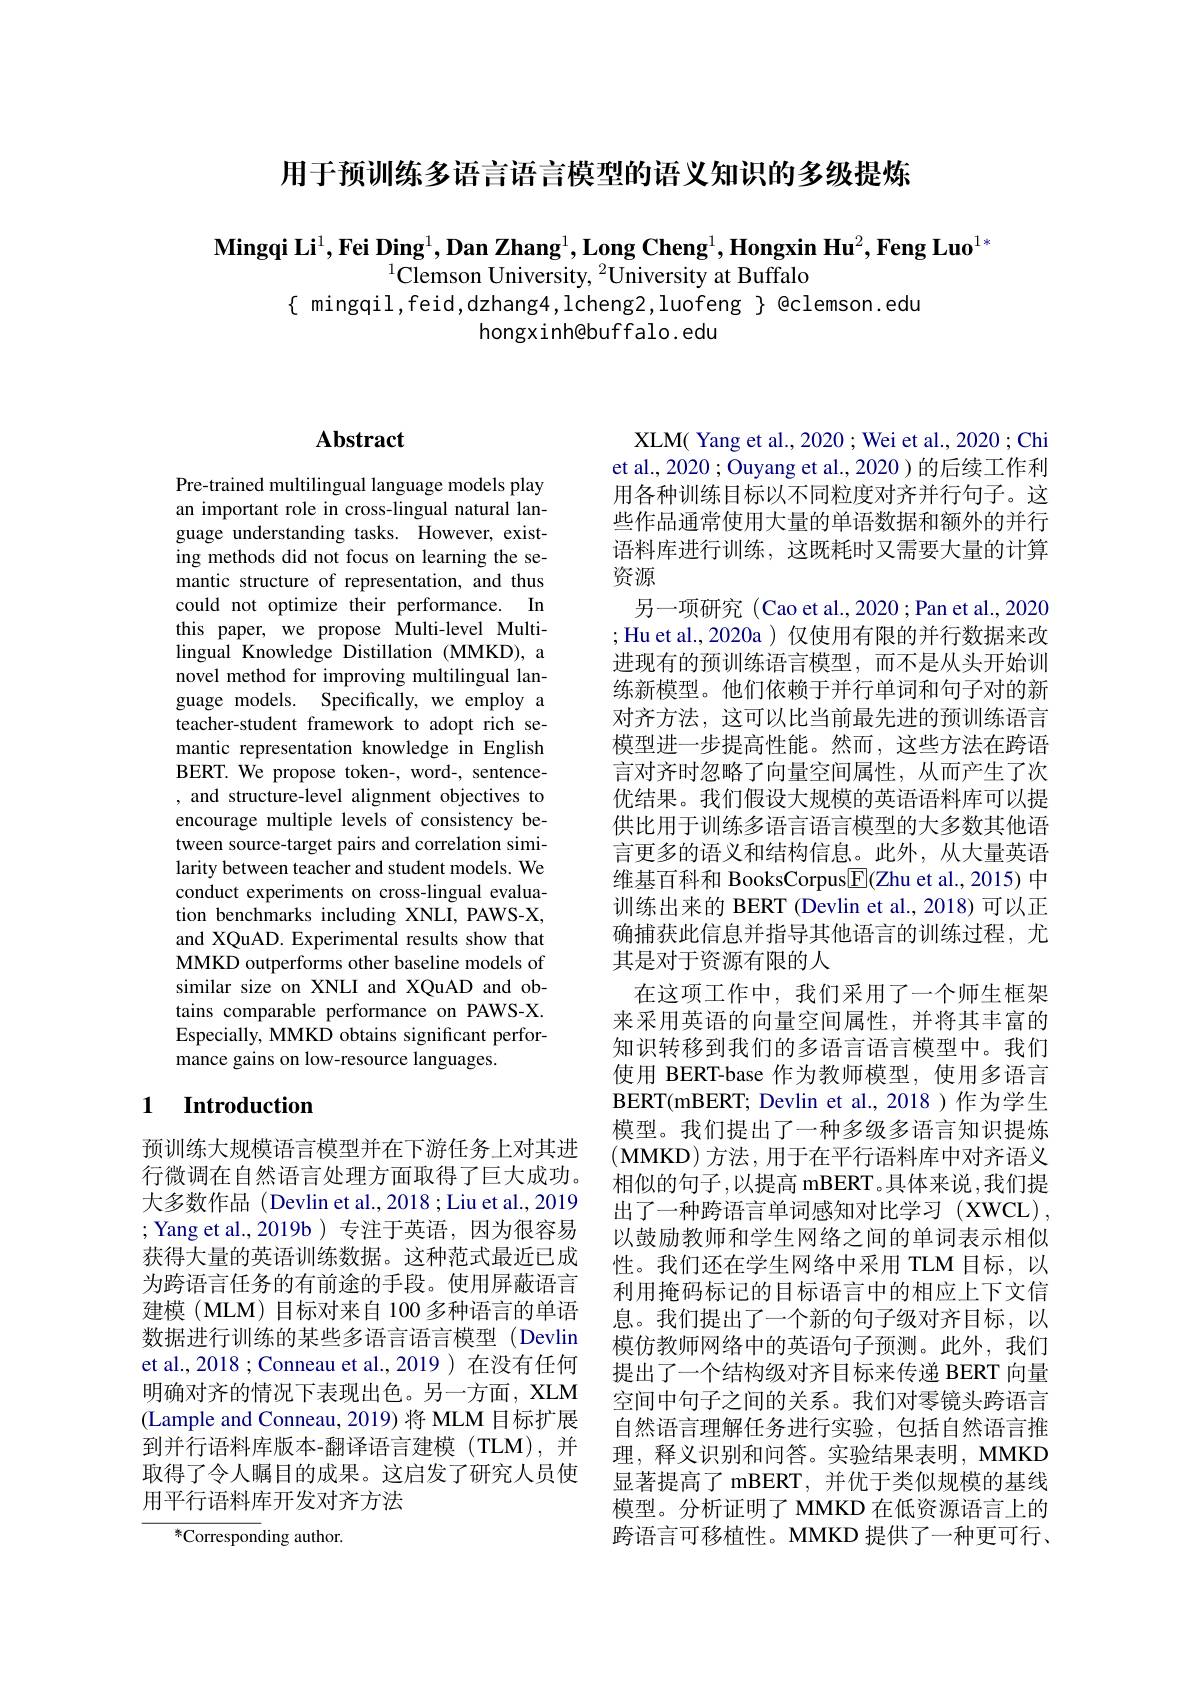
用于预训练多语言语言模型的语义知识的多级提炼

$\textbf{Mingqi Li}^1,\textbf{Fei Ding}^1,\textbf{Dan Zhang}^1,\textbf{Long Cheng}^1,\textbf{Hongxin Hu}^2,\textbf{Feng Luo}^{1*}$
$^{1}\bar{\text{Clemson University, }^{2}\text{University at Buffalo}}$
$\{$ mingqil,feid,dzhang4,lcheng2,luofeng $\}$ @clemson.edu
hongxinhebuffalo. edu

# Abstract

Pre-trained multilingual language models play an important role in cross-lingual natural language understanding tasks. However, existing methods did not focus on learning the semantic structure of representation, and thus could not optimize their performance. In this paper, we propose Multi-level Multilingual Knowledge Distillation (MMKD), a novel method for improving multilingual language models. Specifically, we employ a teacher-student framework to adopt rich semantic representation knowledge in English BERT. We propose token-, word-, sentence- , and structure-level alignment objectives to encourage multiple levels of consistency between source-target pairs and correlation similarity between teacher and student models. We conduct experiments on cross-lingual evaluation benchmarks including XNLI, PAWS-X, and XQuAD. Experimental results show that MMKD outperforms other baseline models of similar size on XNLI and XQuAD and obtains comparable performance on PAWS-X. Especially, MMKD obtains significant performance gains on low-resource languages.

## 1 Introduction

预训练大规模语言模型并在下游任务上对其进行微调在自然语言处理方面取得了巨大成功。大多数作品 (Devlin et al., 2018 ; Liu et al., 2019 ; Yang et al.,2019b )专注于英语，因为很容易获得大量的英语训练数据。这种范式最近已成为跨语言任务的有前途的手段。使用屏蔽语言建模(MLM)目标对来自 100 多种语言的单语数据进行训练的某些多语言语言模型(Devlin et al., 2018 ; Conneau et al., 2019 ) 在没有任何明确对齐的情况下表现出色。另一方面，XLM (Lample and Conneau, 2019) 将 MLM 目标扩展到并行语料库版本-翻译语言建模(TLM),并取得了令人瞩目的成果。这启发了研究人员使用平行语料库开发对齐方法

${}^{*}{\mathrm{Corresponding~author.}}$

XLM( Yang et al., 2020 ; Wei et al., 2020 ; Chi et al., 2020 ; Ouyang et al., 2020 ) 的后续工作利用各种训练目标以不同粒度对齐并行句子。这些作品通常使用大量的单语数据和额外的并行语料库进行训练，这既耗时又需要大量的计算资源
另一项研究(Cao et al., 2020; Pan et al., 2020 ;Hu et al.,2020a)仅使用有限的并行数据来改进现有的预训练语言模型，而不是从头开始训练新模型。他们依赖于并行单词和句子对的新对齐方法，这可以比当前最先进的预训练语言模型进一步提高性能。然而，这些方法在跨语言对齐时忽略了向量空间属性，从而产生了次优结果。我们假设大规模的英语语料库可以提供比用于训练多语言语言模型的大多数其他语言更多的语义和结构信息。此外，从大量英语维基百科和 BooksCorpus$\boxed{\mathrm{F}}($Zhu et al., 2015) 中训练出来的 BERT (Devlin et al., 2018) 可以正确捕获此信息并指导其他语言的训练过程，尤其是对于资源有限的人
在这项工作中，我们采用了一个师生框架来采用英语的向量空间属性，并将其丰富的知识转移到我们的多语言语言模型中。我们使用 BERT-base 作为教师模型，使用多语言BERT( mBERT; Devlin et al. , 2018 ) 作为学生模型。我们提出了一种多级多语言知识提炼(MMKD)方法，用于在平行语料库中对齐语义相似的句子，以提高 mBERT。具体来说 ,我们提出了一种跨语言单词感知对比学习(XWCL), 以鼓励教师和学生网络之间的单词表示相似性。我们还在学生网络中采用 TLM 目标，以利用掩码标记的目标语言中的相应上下文信息。我们提出了一个新的句子级对齐目标，以模仿教师网络中的英语句子预测。此外，我们提出了一个结构级对齐目标来传递 BERT 向量空间中句子之间的关系。我们对零镜头跨语言自然语言理解任务进行实验，包括自然语言推理，释义识别和问答。实验结果表明，MMKD 显著提高了 mBERT, 并优于类似规模的基线模型。分析证明了 MMKD 在低资源语言上的跨语言可移植性。MMKD 提供了一种更可行、